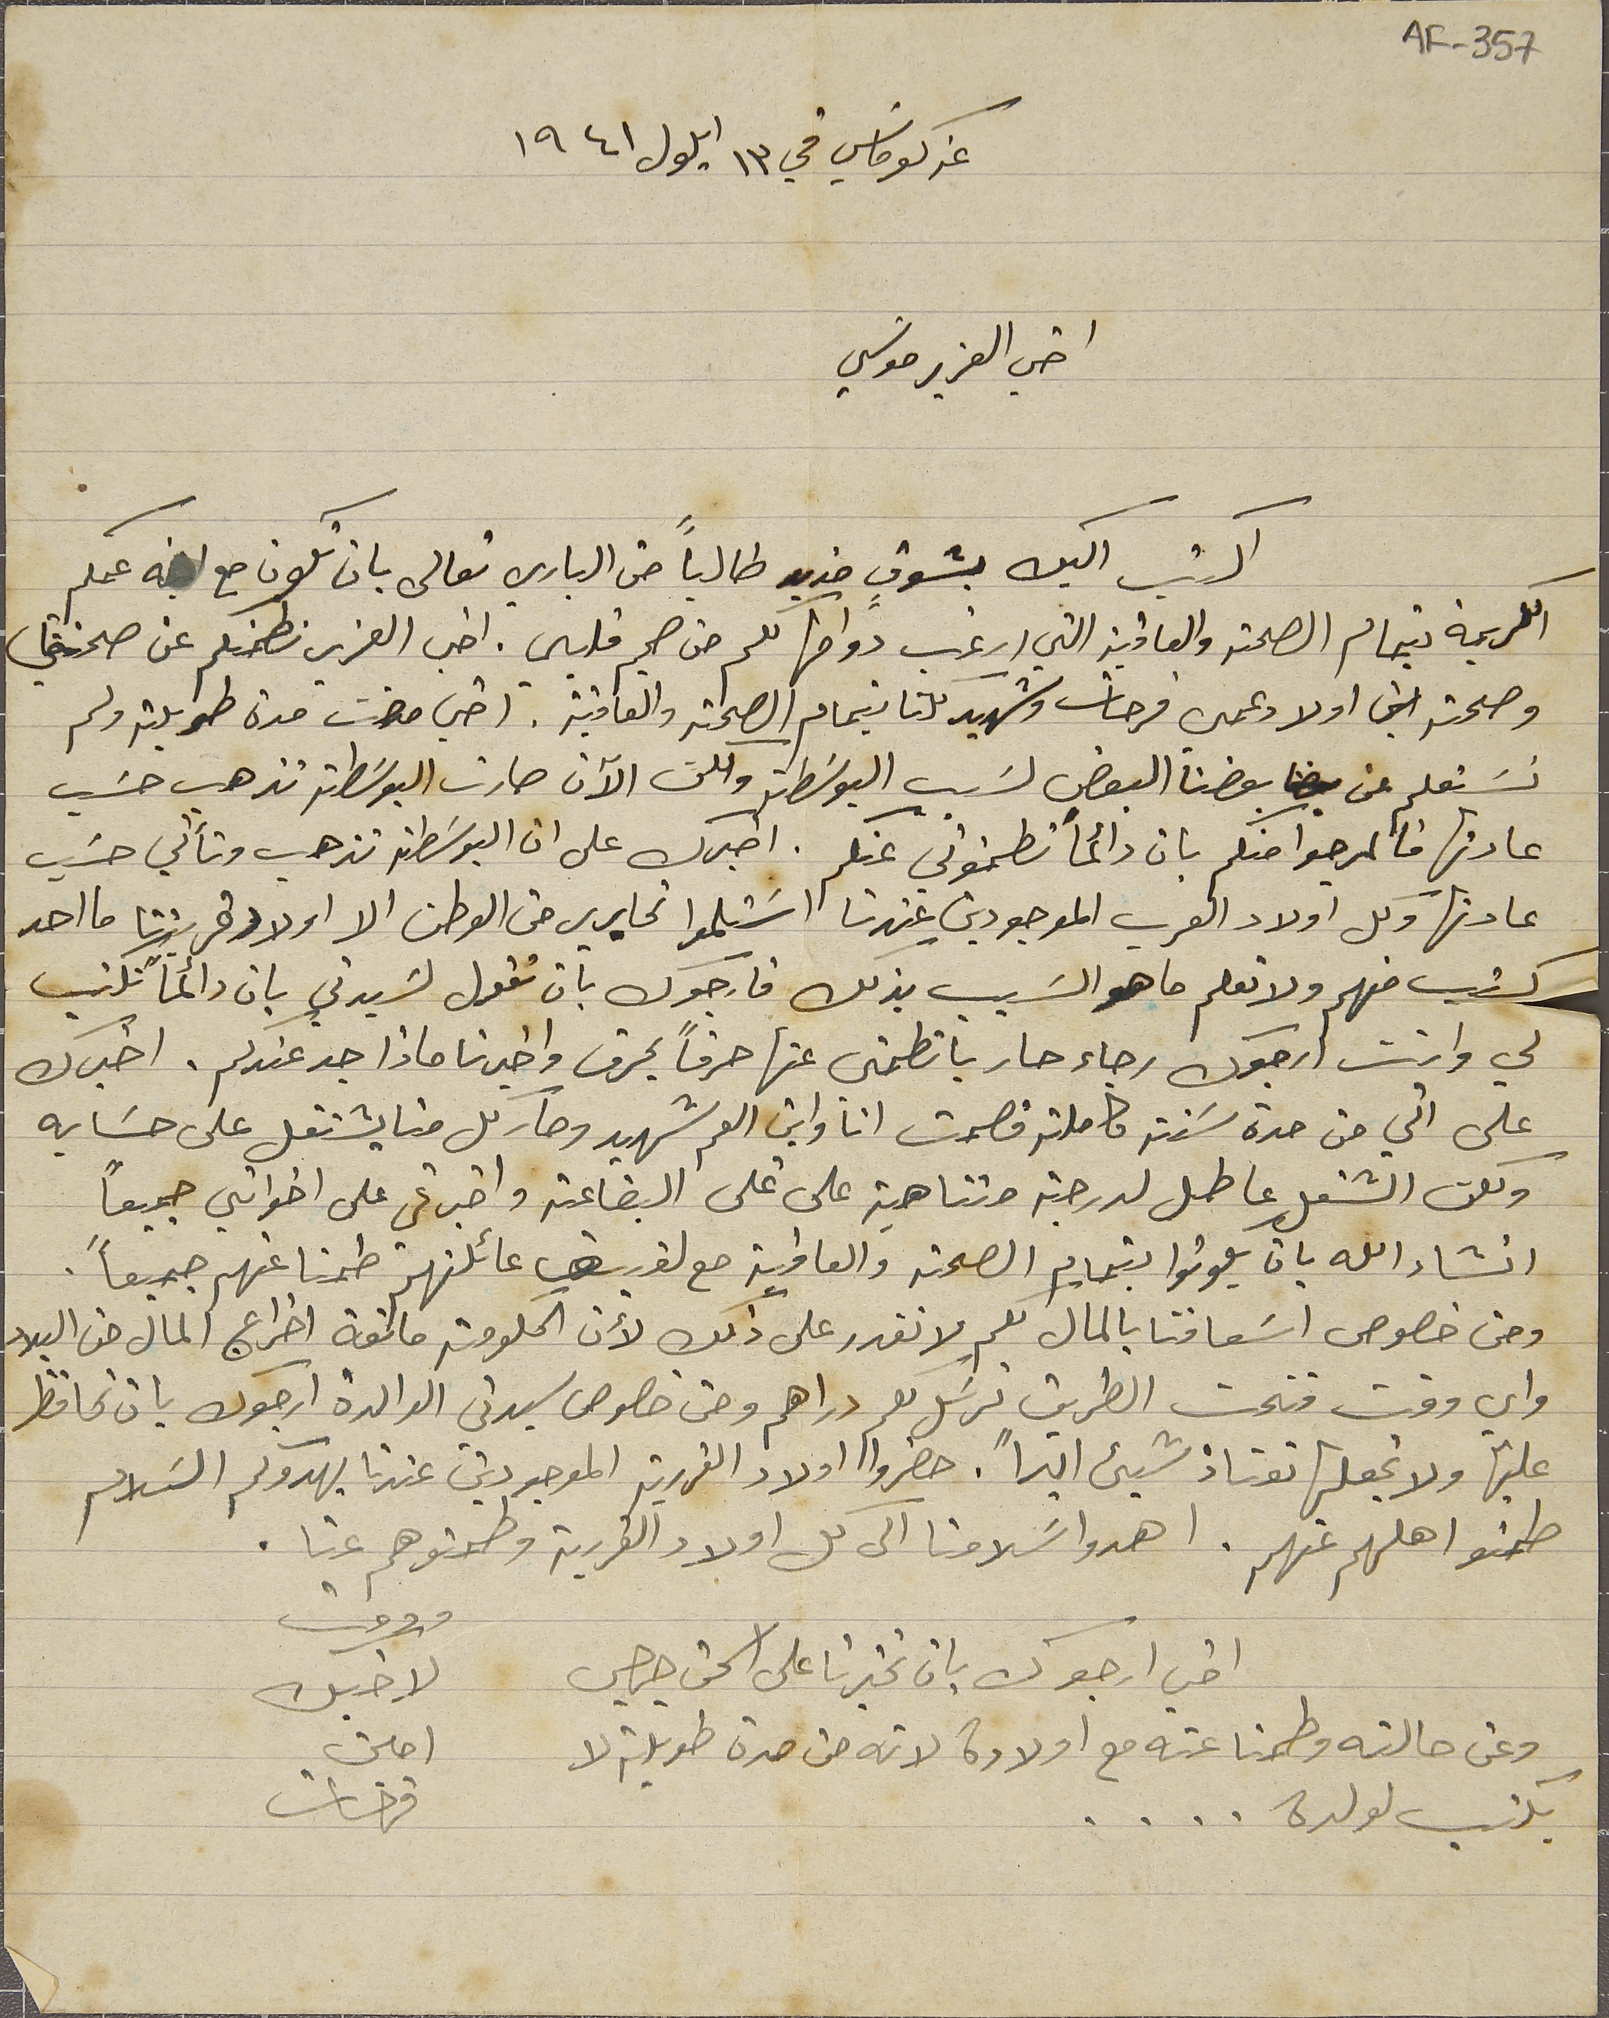
AF-357
عن كوماسَي في ١٣ ايلول ١٩٤١
 اخي العزيز موسَي
اكتب اليك بشوقٍ قوي طالبًا من الباري تعالى بان تكون مع ابنه عمكم
الكريمة بتمام الصحة والعافية التي ارغب دوامها لكم من صميم قلبي. اخي العزيز نطمنكم عن صحتي
وصحة اولاد عمي فرحات وشهيد كلنا بتمام الصحة والعافية. اخي مضت مدة طويلة ولم
نسَتعلم عن بعضنا البعض لسَبب البوسَطة ولكن الآن صارت البوسَطة تذهب حسَب
عادتها فالمرجوا منكم بان دائماً تطمنوني عنكم. اخبرك على ان البوسَطة تذهب وتأتي حسَب
عادتها وكل اولاد العرب الموجودين عندنا اسَتلموا تحارير من الوطن الا اولاد قريتنا ما احد
كتب منهم ولا نعلم ما هو السَبب بذلك فارجوك بأن تقول لسَيدتي بان دائماً تكتب
لي وانت ارجوك رجاء حار باتطمني عنها حرفاً بحرف واخبرنا ماذا جد عندكم. اخبرك
على اني من مدة سَنة كاملة قصمت انا وابن العم شهيد وصار كل منا يشتغل على حسَابه
انشاء الله بان يكونوا بتمام الصحة والعافية مع لفيف عائلتهم طمنا عنهم جميعًا.
ومن خصوص اسَعافنا بالمال لكم لا نقدر على ذلك لأن الحكومة مانعة اخراج المال من البلاد
واي وقت فتحت الطريق نرسَل لكم دراهم وحتى خصوص سيدتي الوالدة ارجوك بان تحافظ
عليها ولا تجعلها تعتاذ شيء ابداً. حضروا اولاد القررية الموجودين عندنا يهدوكم السَلام
طمنو اهلهم عنهم. اهدوا سَلامنا الى كل اولاد القررية وطمنوهم عنا.
ودمت لاخيك امين فرحات
اخي ارجوك بان تخبرنا على اسحق جرجس
وعن حالته وطمنا عنه مع اولاده لانه من مدة طويلة لا
يكتب لولده . . . .
ولكن الشغل عاطل لدرجة متناهية على غلى البضاعة واخبرني على اخواتي جميعاً